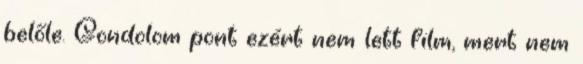
belőle. Gondolom pont ezért nem lett film, mert nem